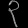
Digit: ၃